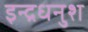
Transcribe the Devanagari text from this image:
इन्द्रधनुश